65_HS1-834228961_62-HQ-83894_Section_3
Agency: FBI
Page 65
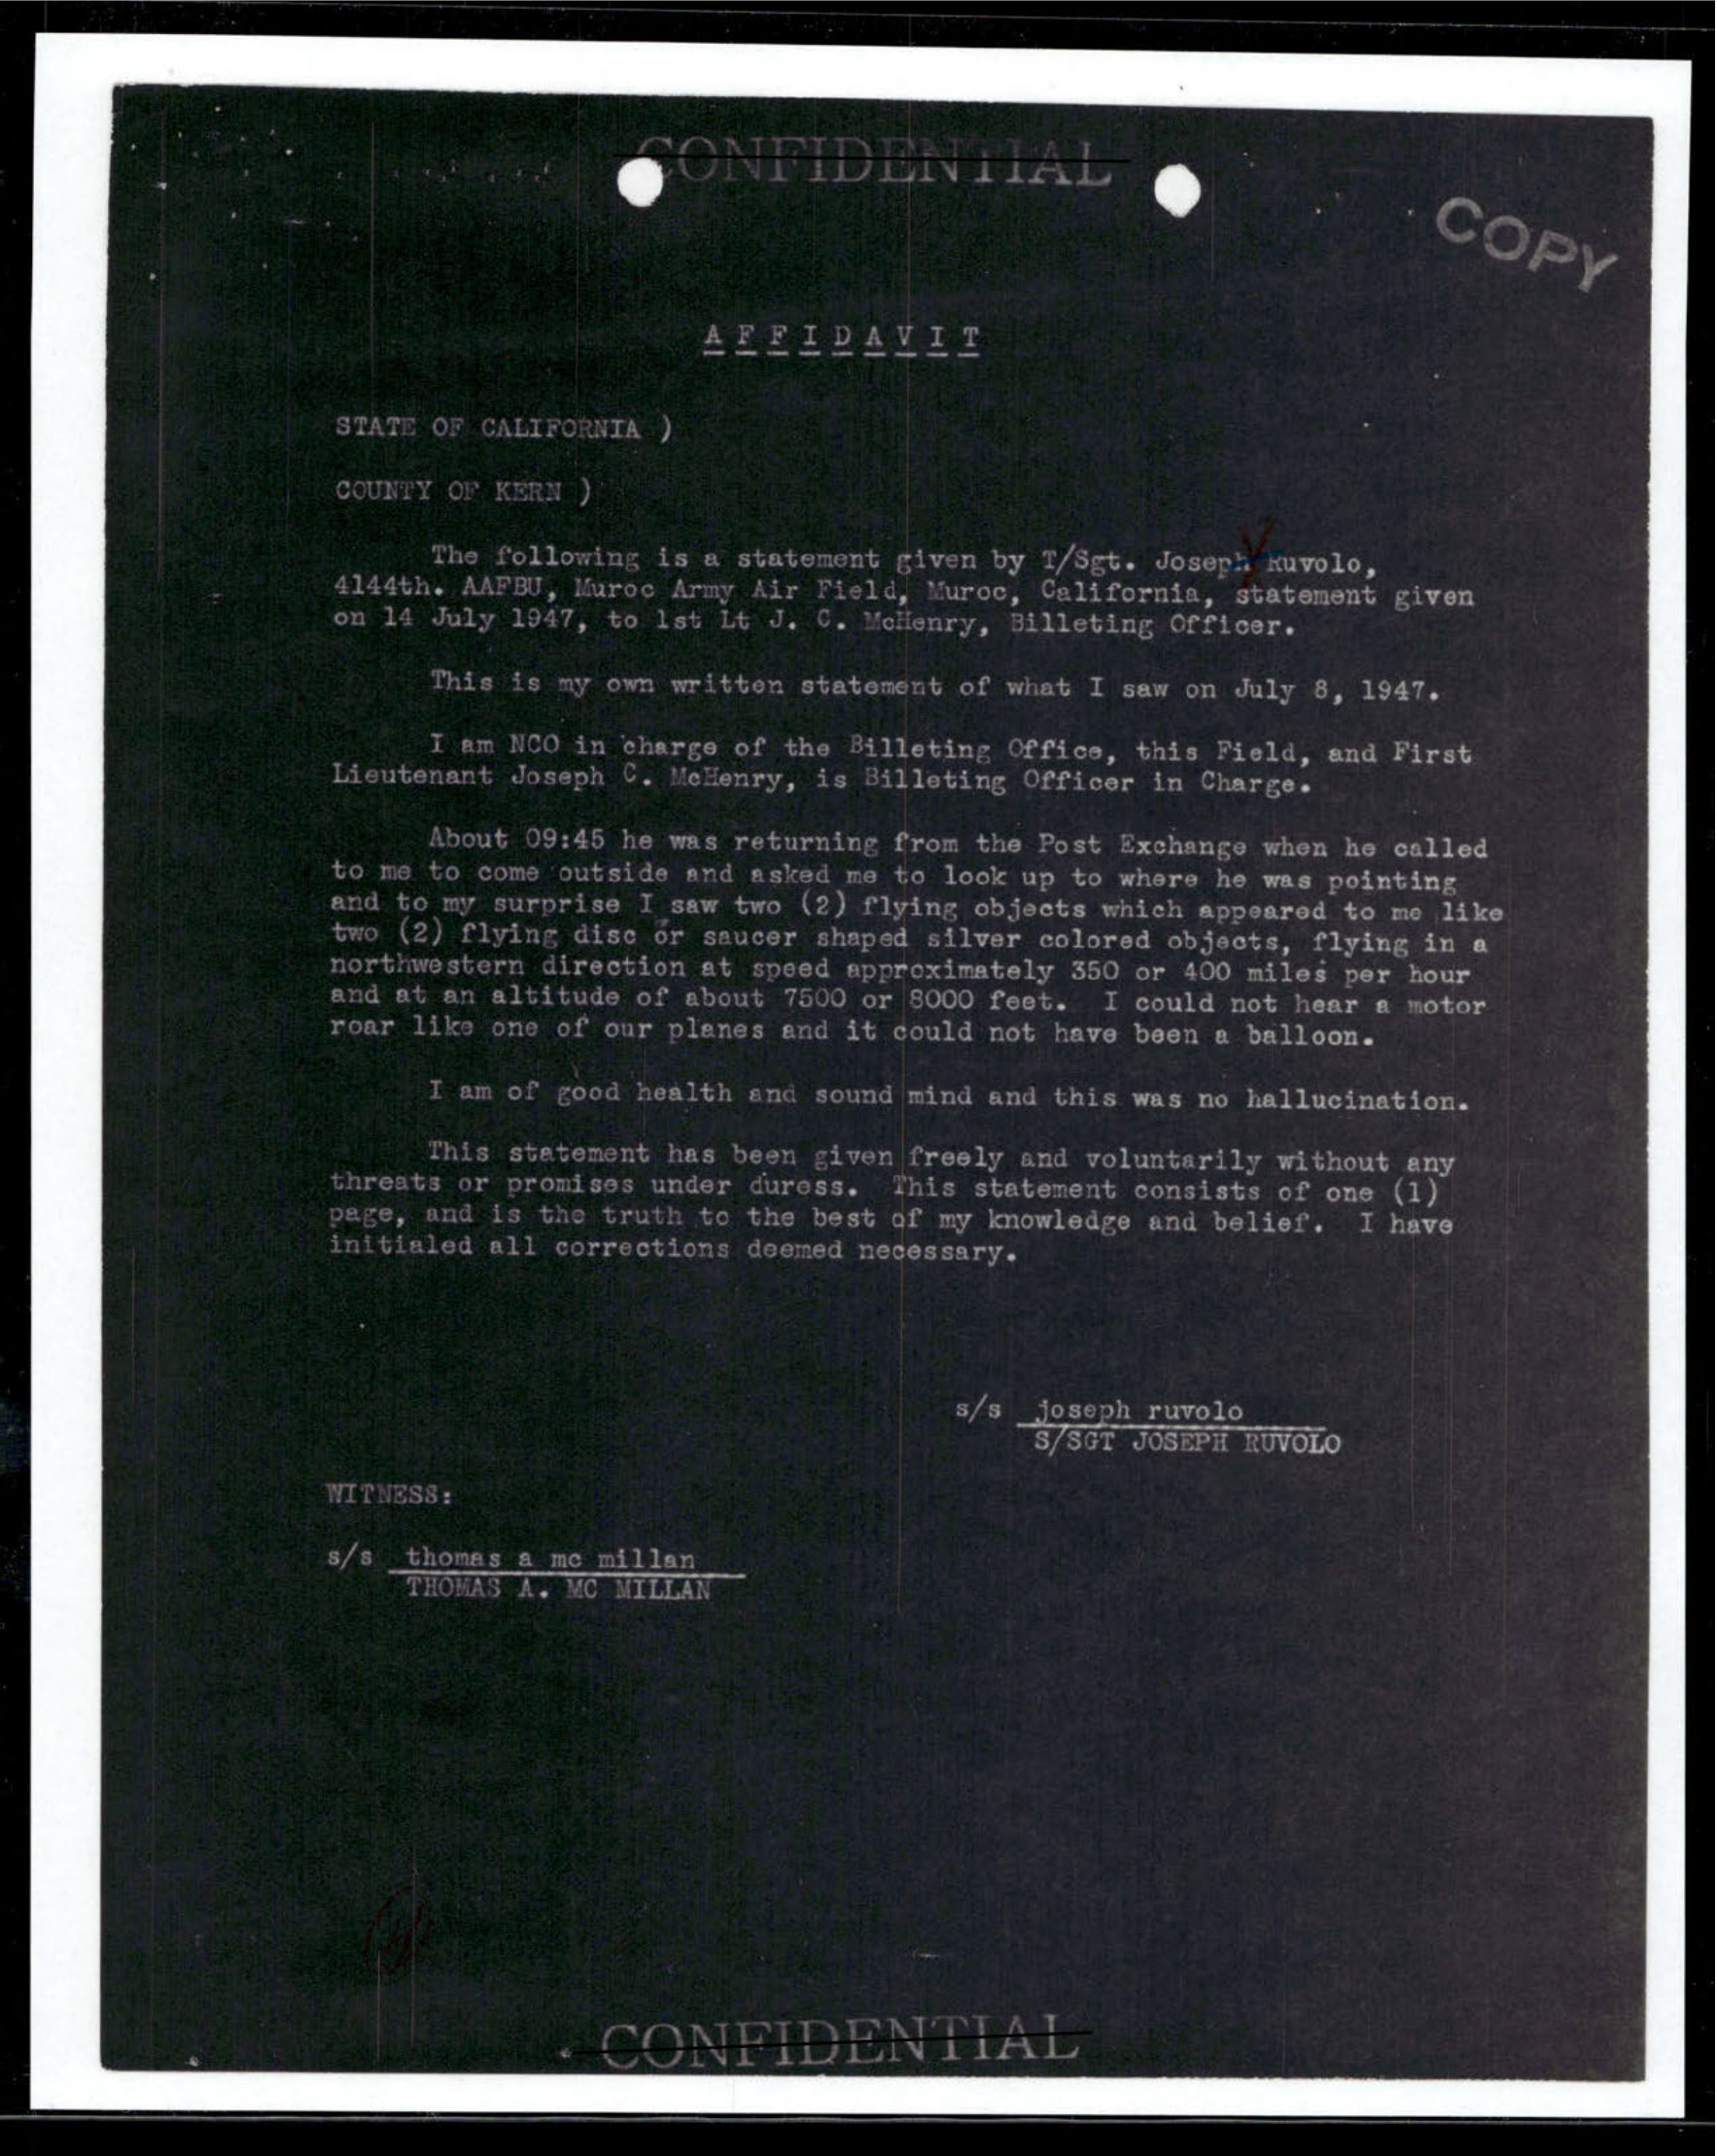